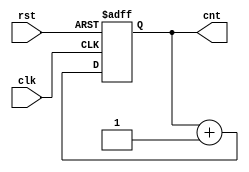
`timescale 1ns / 1ps
//////////////////////////////////////////////////////////////////////////////////
// Company: 
// Engineer: 
// 
// Design Name: 
// Module Name: counter8
// Project Name: 
// Target Devices: 
// Tool Versions: 
// Description: 
// 
// Dependencies: 
// 
// Revision:
// Revision 0.01 - File Created
// Additional Comments:
// 
//////////////////////////////////////////////////////////////////////////////////


module counter8(clk, rst, cnt);

input clk, rst;
output reg [7:0] cnt;

always @(posedge clk or negedge rst) begin
    if(!rst) begin
        cnt <= 8'b0000_0000;
    end
    else cnt <= cnt + 1;
end
endmodule